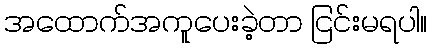
အထောက်အကူပေးခဲ့တာ ငြင်းမရပါ။